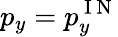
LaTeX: p_{y}=p_{y}^{\mathrm{~I~N~}}